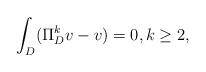
LaTeX: \begin{align*}\int_{D}(\Pi_D^k v-v)=0,k\geq 2,\end{align*}